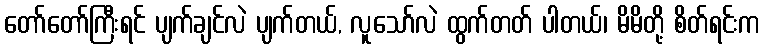
တော်တော်ကြီးရင် ပျက်ချင်လဲ ပျက်တယ်, လူသော်လဲ ထွက်တတ် ပါတယ်၊ မိမိတို့ စိတ်ရင်းက